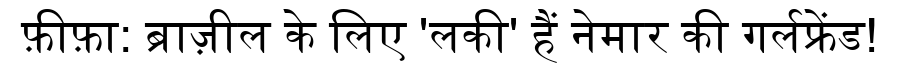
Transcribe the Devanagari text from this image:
फ़ीफ़ा: ब्राज़ील के लिए 'लकी' हैं नेमार की गर्लफ्रेंड!